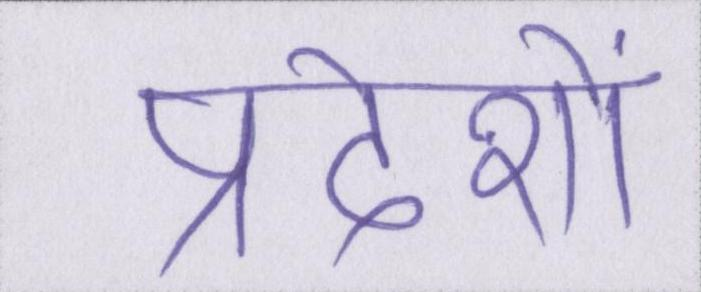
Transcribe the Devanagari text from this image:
प्रदेशों